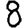
Digit: 8